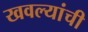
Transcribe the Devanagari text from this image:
खवल्यांची